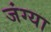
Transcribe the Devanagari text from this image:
जंग्या